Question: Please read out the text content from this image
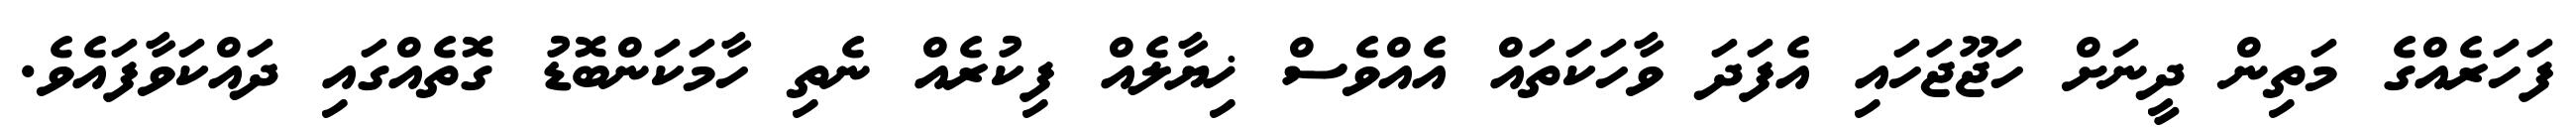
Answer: ފަހަރެއްގެ މަތިން ދީނަށް ހަޖޫޖަހައި އެފަދަ ވާހަކަތައް އެއްވެސް ޚިޔާލެއް ފިކުރެއް ނެތި ހާމަކަންބޮޑު ގޮތެއްގައި ދައްކަވާފައެވެ.